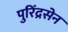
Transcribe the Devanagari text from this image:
पुरिंद्रसेन